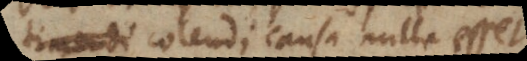
timendi colendi causa nulla esset.